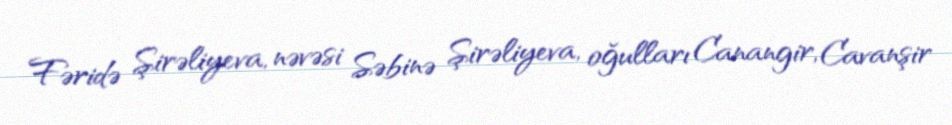
Fəridə Şirəliyeva, nəvəsi Səbinə Şirəliyeva, oğulları Canangir, Cavanşir